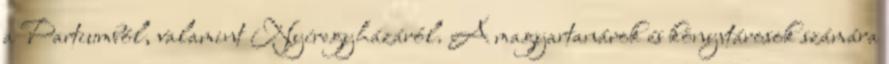
a Partiumból, valamint Nyíregyházáról. A magyartanárok és könyvtárosok számára